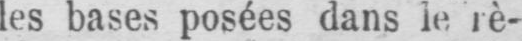
les bases posées dans le rè-